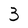
Character: 3